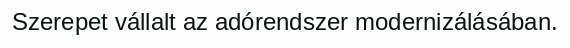
Szerepet vállalt az adórendszer modernizálásában.